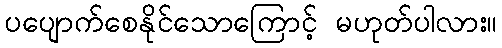
ပပျောက်စေနိုင်သောကြောင့် မဟုတ်ပါလား။